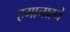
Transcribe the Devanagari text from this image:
हगानाहने